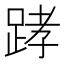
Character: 踍